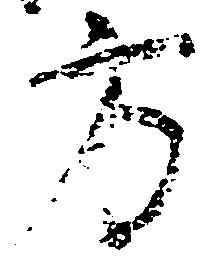
方